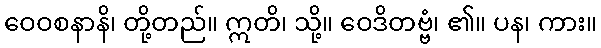
ဝေဝစနာနိ၊ တို့တည်။ ဣတိ၊ သို့။ ဝေဒိတဗ္ဗံ၊ ၏။ ပန၊ ကား။